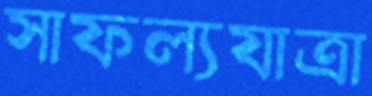
সাফল্যযাত্রা